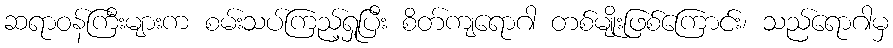
ဆရာဝန်ကြီးများက စမ်းသပ်ကြည့်ရှုပြီး စိတ်ကျရောဂါ တစ်မျိုးဖြစ်ကြောင်း၊ သည်ရောဂါမှ